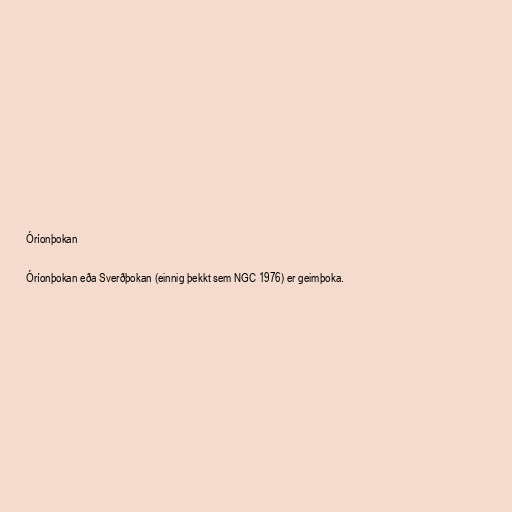
Óríonþokan

Óríonþokan eða Sverðþokan (einnig þekkt sem NGC 1976) er geimþoka.